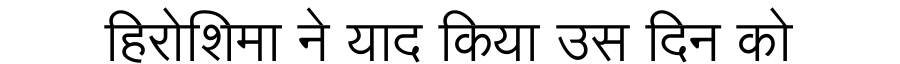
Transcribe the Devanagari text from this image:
हिरोशिमा ने याद किया उस दिन को